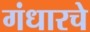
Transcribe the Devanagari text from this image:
गंधारचे